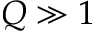
Q \gg 1